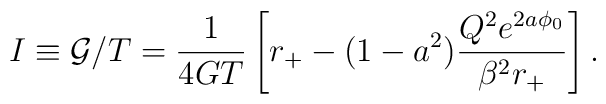
I \equiv {\cal G}/T =\frac{1}{4GT}\left [ r_+ -(1-a^2) \frac{Q^2 e^{2a\phi_0}}    {\beta^2 r_+}\right].